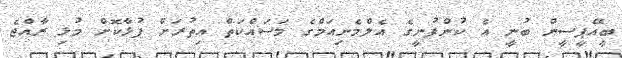
ބީއޭޕީސީން ބުނީ އެ ކުންފުނީގެ އެލްމެނިއަމްގެ މަސައްކަތް އިތުރަށް ފުޅާކޮށް މުޅި ރާއްޖެ